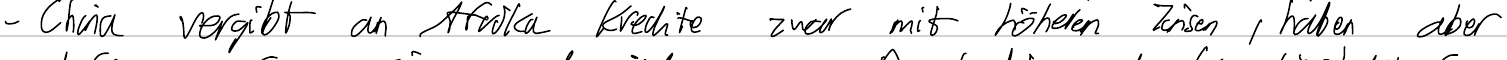
- China vergibt an Afrika Kredite zwar mit höheren Zinsen, haben aber